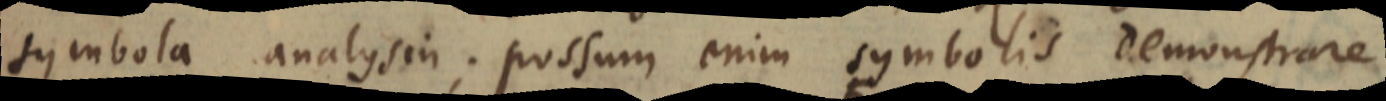
symbola analysin; possum enim symbolis demonstrare